Civil Veterinary Department Bengal reports 1923-33 - 1923-1933
Year: 1923
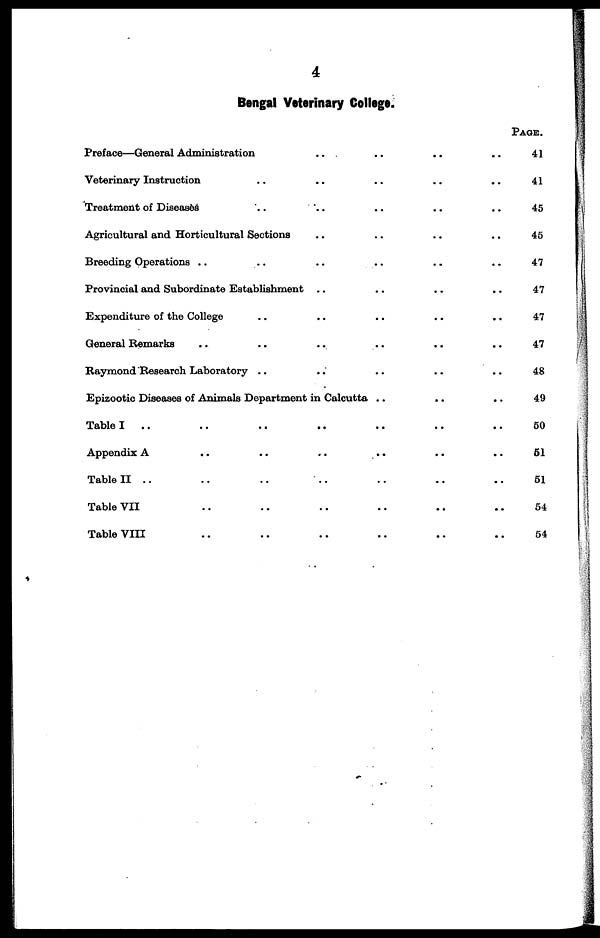
4
Bengal Veterinary College.
Preface—General Administration .. .. .. ..
Veterinary Instruction .. .. .. .. ..
Treatment of Diseases .. .. .. .. ..
Agricultural and Horticultural Sections .. .. .. ..
Breeding Operations .. .. .. .. .. ..
Provincial and Subordinate Establishment .. .. .. ..
Expenditure of the College .. .. .. .. ..
General Remarks .. .. .. .. .. ..
Raymond Research Laboratory .. .. .. .. ..
Epizootic Diseases of Animals Department in Calcutta .. .. ..
Table I
.. .. .. .. .. .. ..
Appendix A .. .. .. .. .. ..
Table II .. .. .. .. .. .. ..
Table VII .. .. .. .. .. ..
Table VIII .. .. .. .. .. ..
PAGE.
41
41
45
45
47
47
47
47
48
49
50
61
51
54
54